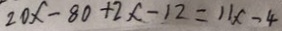
2 0 x - 8 0 + 2 x - 1 2 = 1 1 x - 4